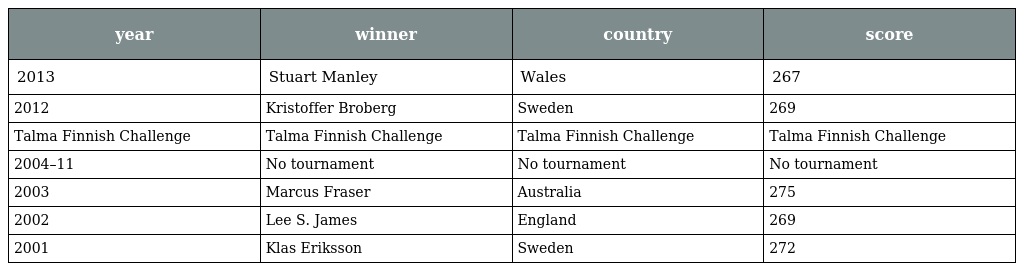
| year | winner | country | score |
 | --- | --- | --- | --- |
 | 2013 | Stuart Manley | Wales | 267 |
 | 2012 | Kristoffer Broberg | Sweden | 269 |
 | Talma Finnish Challenge | Talma Finnish Challenge | Talma Finnish Challenge | Talma Finnish Challenge |
 | 2004–11 | No tournament | No tournament | No tournament |
 | 2003 | Marcus Fraser | Australia | 275 |
 | 2002 | Lee S. James | England | 269 |
 | 2001 | Klas Eriksson | Sweden | 272 |